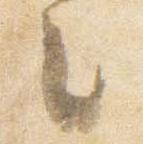
之